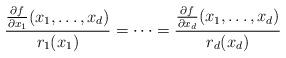
LaTeX: \begin{align*}\frac{\tfrac{\partial f}{\partial x_1}(x_1,\ldots,x_d)}{r_1(x_1)}=\cdots=\frac{\tfrac{\partial f}{\partial x_d}(x_1,\ldots,x_d)}{r_d(x_d)}\end{align*}